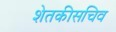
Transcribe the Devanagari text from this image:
शेतकीसचिव